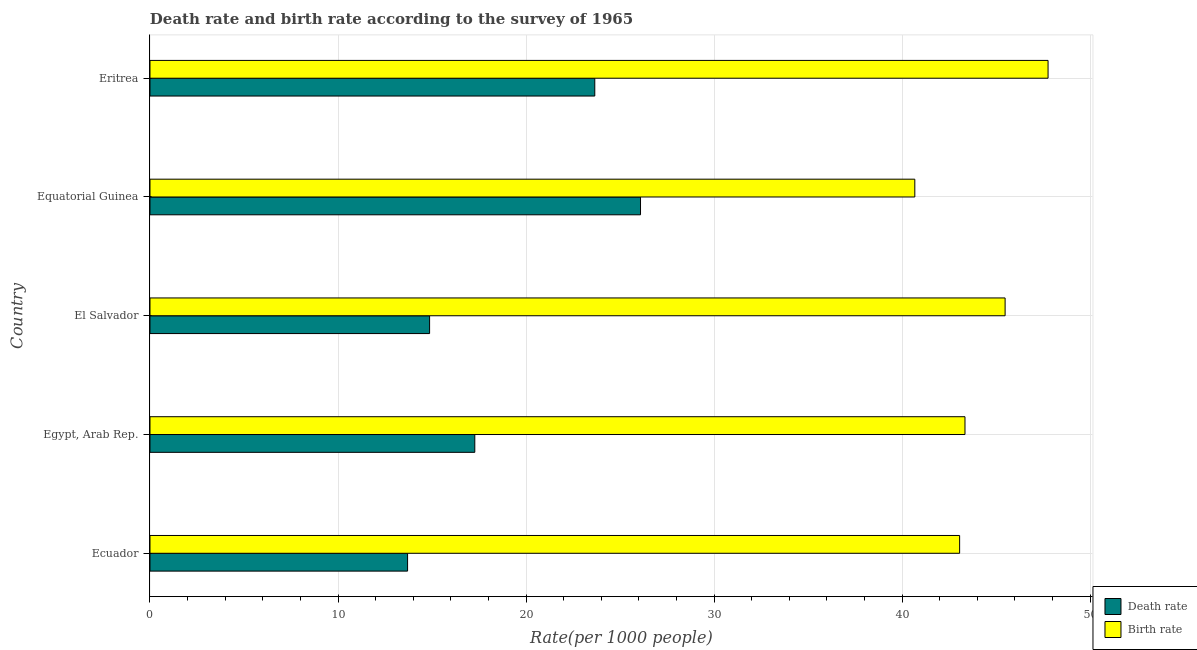
| Country | Death rate | Birth rate |
 | --- | --- | --- |
 | Ecuador | 13.7 | 43.1 |
 | Egypt, Arab Rep. | 17.3 | 43.3 |
 | El Salvador | 14.9 | 45.5 |
 | Equatorial Guinea | 26.1 | 40.7 |
 | Eritrea | 23.7 | 47.8 |